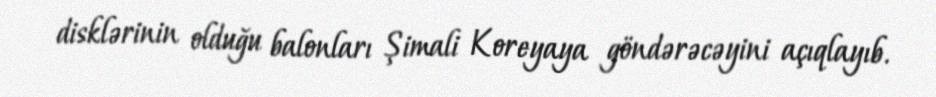
disklərinin olduğu balonları Şimali Koreyaya göndərəcəyini açıqlayıb.